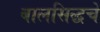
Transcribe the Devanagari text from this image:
बालसिद्धचे